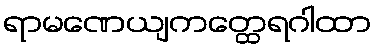
ရာမဏေယျကတ္ထေရဂါထာ